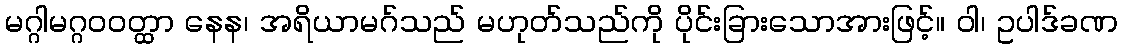
မဂ္ဂါမဂ္ဂဝဝတ္ထာ နေန၊ အရိယာမဂ်သည် မဟုတ်သည်ကို ပိုင်းခြားသောအားဖြင့်။ ဝါ၊ ဥပါဒ်ခဏ